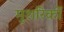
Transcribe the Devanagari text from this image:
मुशरिकों